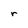
Character: r